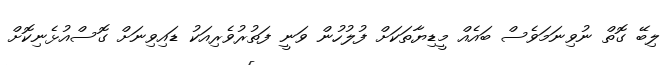
ލިބޭ ގޮތް ނުވިނަމަވެސް ބައެއް މީޑިޔާތަކަށް ފުލުހުން ވަނީ ފަތުރުވެރިއަކު ޑައިވިނަށް ގޮސްއުޅެނިކޮށް